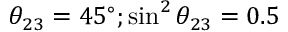
\theta _ { 2 3 } = 4 5 ^ { \circ } ; \sin ^ { 2 } \theta _ { 2 3 } = 0 . 5